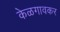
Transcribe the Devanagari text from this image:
केळगावकर